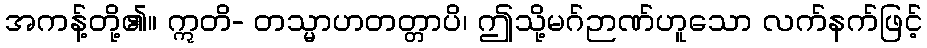
အကန့်တို့၏။ ဣတိ- တသ္မာဟတတ္တာပိ၊ ဤသို့မဂ်ဉာဏ်ဟူသော လက်နက်ဖြင့်